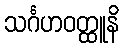
သင်္ဂဟဝတ္ထူနိ